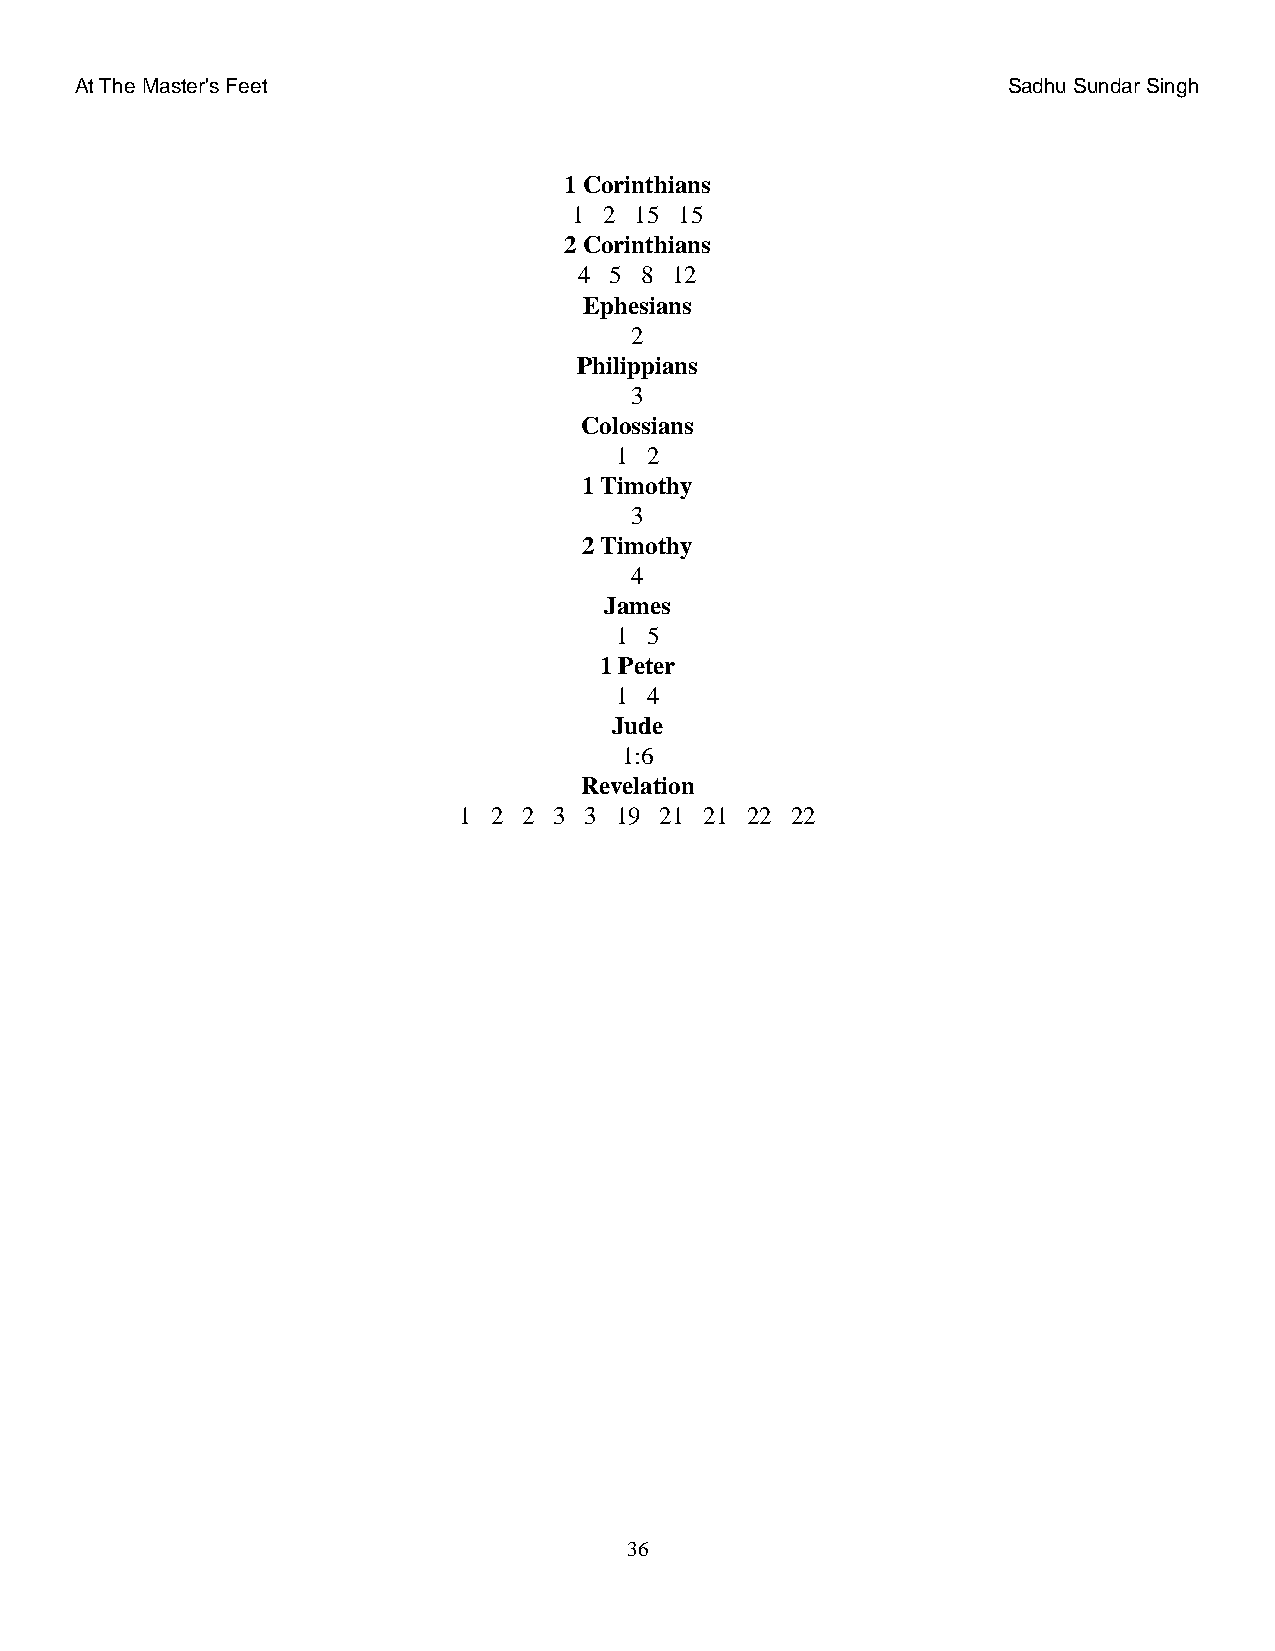
At The Master's Feet                                          Sadhu Sundar Singh
 1 Corinthians
 1 2 15 15
 2 Corinthians
 4 5 8 12
 Ephesians
 2
 Philippians
 3
 Colossians
 1 2
 1 Timothy
 3
 2 Timothy
 4
 James
 1 5
 1 Peter
 1 4
 Jude
 1:6
 Revelation
 1 2  2 3 3 19 21 21 22 22
 36